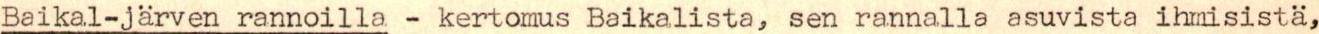
Baikal-järven rannoilla - kertomus Baikalista, sen rannalla asuvista ihmisistä,